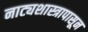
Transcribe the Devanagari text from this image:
नाट्यशास्त्रापासून